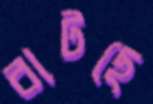
বাটছে